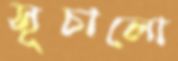
সূচালো